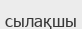
сылақшы